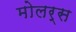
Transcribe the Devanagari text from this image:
मोलर्स